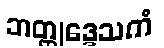
ဘတ္တုဒ္ဒေသကံ